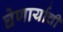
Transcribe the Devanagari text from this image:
घेणार्याची